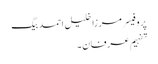
پروفیسر مرزا خلیل احمد بیگ
تفہیمِ عرفان ۔